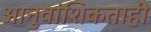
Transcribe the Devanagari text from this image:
आनुवांशिकताही